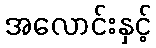
အလောင်းနှင့်